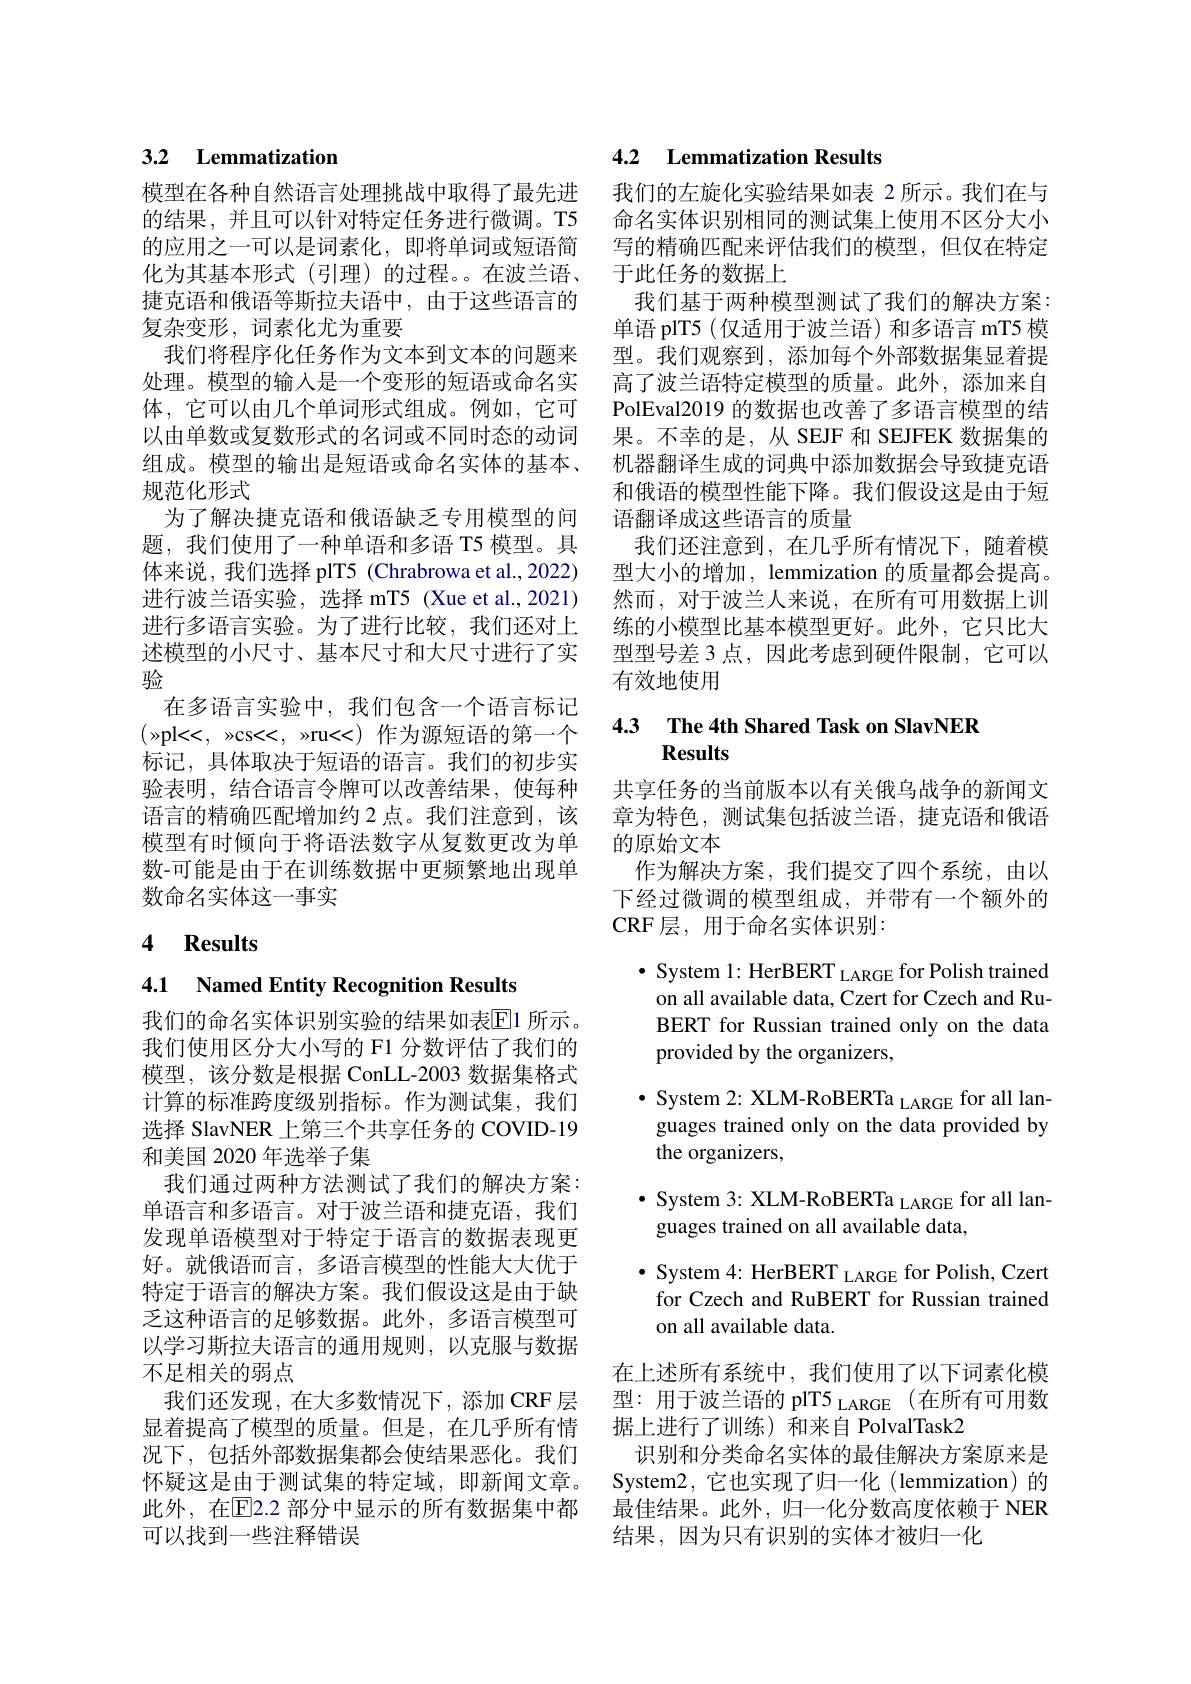
## 3.2 Lemmatization

模型在各种自然语言处理挑战中取得了最先进的结果，并且可以针对特定任务进行微调。T5的应用之一可以是词素化，即将单词或短语简化为其基本形式(引理)的过程。在波兰语、 捷克语和俄语等斯拉夫语中，由于这些语言的复杂变形，词素化尤为重要
我们将程序化任务作为文本到文本的问题来处理。模型的输入是一个变形的短语或命名实体，它可以由几个单词形式组成。例如，它可以由单数或复数形式的名词或不同时态的动词组成。模型的输出是短语或命名实体的基本、 规范化形式
为了解决捷克语和俄语缺乏专用模型的问题，我们使用了一种单语和多语 T5 模型。具体来说，我们选择 plT5(Chrabrowa et al.,2022) 进行波兰语实验，选择 mT5 (Xue et al.,2021) 进行多语言实验。为了进行比较，我们还对上述模型的小尺寸、基本尺寸和大尺寸进行了实验
在多语言实验中，我们包含一个语言标记$(\gg$pl<<,$\gg$cs<<,$\gg$ru<<)作为源短语的第一个标记，具体取决于短语的语言。我们的初步实验表明，结合语言令牌可以改善结果，使每种语言的精确匹配增加约 2 点。我们注意到，该模型有时倾向于将语法数字从复数更改为单数-可能是由于在训练数据中更频繁地出现单数命名实体这一事实

# 4 Results

4.1 Named Entity Recognition Results

我们的命名实体识别实验的结果如表$\overline{\mathrm{E}}$1 所示。我们使用区分大小写的 F1 分数评估了我们的模型，该分数是根据 ConLL-2003 数据集格式计算的标准跨度级别指标。作为测试集，我们选择 SlavNER 上第三个共享任务的 COVID-19和美国 2020 年选举子集
我们通过两种方法测试了我们的解决方案： 单语言和多语言。对于波兰语和捷克语，我们发现单语模型对于特定于语言的数据表现更好。就俄语而言，多语言模型的性能大大优于特定于语言的解决方案。我们假设这是由于缺乏这种语言的足够数据。此外，多语言模型可以学习斯拉夫语言的通用规则，以克服与数据不足相关的弱点
我们还发现，在大多数情况下，添加 CRF 层显着提高了模型的质量。但是，在几乎所有情况下，包括外部数据集都会使结果恶化。我们怀疑这是由于测试集的特定域，即新闻文章。此外，在$\overline{\mathrm{E}}$2.2 部分中显示的所有数据集中都可以找到一些注释错误

## 4.2 Lemmatization Results

我们的左旋化实验结果如表 2 所示。我们在与命名实体识别相同的测试集上使用不区分大小写的精确匹配来评估我们的模型，但仅在特定于此任务的数据上
我们基于两种模型测试了我们的解决方案： 单语 plT5(仅适用于波兰语)和多语言 mT5 模型。我们观察到，添加每个外部数据集显着提高了波兰语特定模型的质量。此外，添加来自PolEval2019 的数据也改善了多语言模型的结果。不幸的是，从 SEJF 和 SEJFEK 数据集的机器翻译生成的词典中添加数据会导致捷克语和俄语的模型性能下降。我们假设这是由于短语翻译成这些语言的质量
我们还注意到，在几乎所有情况下，随着模型大小的增加，lemmization 的质量都会提高。然而，对于波兰人来说，在所有可用数据上训练的小模型比基本模型更好。此外，它只比大型型号差 3 点，因此考虑到硬件限制，它可以有效地使用

# 4.3 The 4th Shared Task on SlavNER Results

共享任务的当前版本以有关俄乌战争的新闻文章为特色，测试集包括波兰语，捷克语和俄语的原始文本
作为解决方案，我们提交了四个系统，由以下经过微调的模型组成，并带有一个额外的CRF层，用于命名实体识别：
$\bullet$ System 1: HerBERT LARGE for Polish trained on all available data, Czert for Czech and RuBERT for Russian trained only on the data provided by the organizers,
$\bullet$ System 2: XLM-RoBERTa LARGE for all languages trained only on the data provided by the organizers,
$\bullet$ System 3: XLM-RoBERTa LARGE for all lan-
guages trained on all available data,
$\bullet$ System 4: HerBERT LARGE for Polish, Czert for Czech and RuBERT for Russian trained on all available data.
在上述所有系统中，我们使用了以下词素化模型：用于波兰语的 plT5 LARGE (在所有可用数据上进行了训练) 和来自 PolvalTask2
识别和分类命名实体的最佳解决方案原来是System2,它也实现了归一化(lemmization)的最佳结果。此外，归一化分数高度依赖于 NER 结果，因为只有识别的实体才被归一化